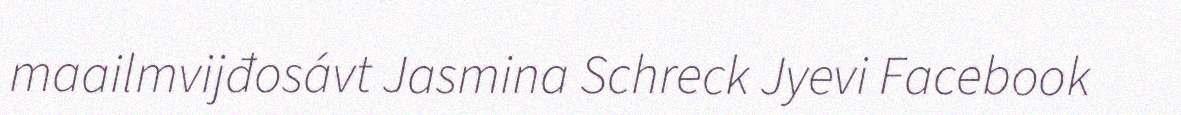
maailmvijđosávt Jasmina Schreck Jyevi Facebook